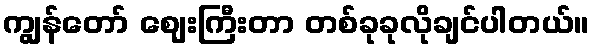
ကျွန်တော် ဈေးကြီးတာ တစ်ခုခုလိုချင်ပါတယ်။